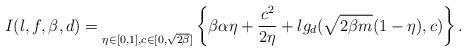
LaTeX: \begin{align*} I(l,f,\beta,d)=\underset{\eta \in [0,1],c \in [0,\sqrt{2\beta}]}{} \left\{\beta\alpha\eta+\frac{c^2}{2\eta}+l g_d(\sqrt{2\beta m}(1-\eta),c)\right\}. \end{align*}